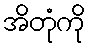
အိတုံကို